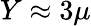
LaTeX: Y\approx 3\mu